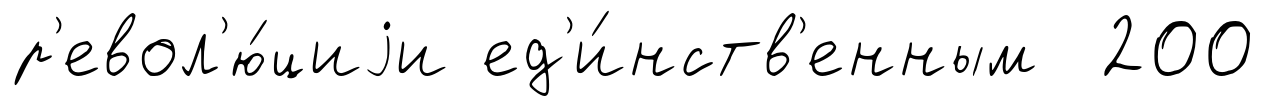
р'евол'ю́циjи ед'и́нств'енным 200